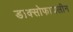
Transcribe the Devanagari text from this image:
डाक्सोफायलीन